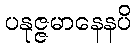
ပနုဇ္ဇမာနေနပိ